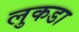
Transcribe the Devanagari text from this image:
लुकडा